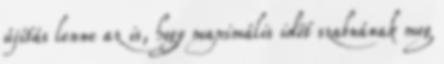
újítás lenne az is, hogy maximális időt szabnának meg